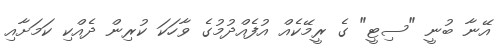
އޭނާ ބުނީ "ސިޓީ" ގެ ރީމޭކެއް އުފެއްދުމުގެ ވާހަކަ ކުރިން ދެއްކި ކަމަށާއި